Insane asylums in Bengal annual reports 1876-1887 - 1876-1887
Year: 1876
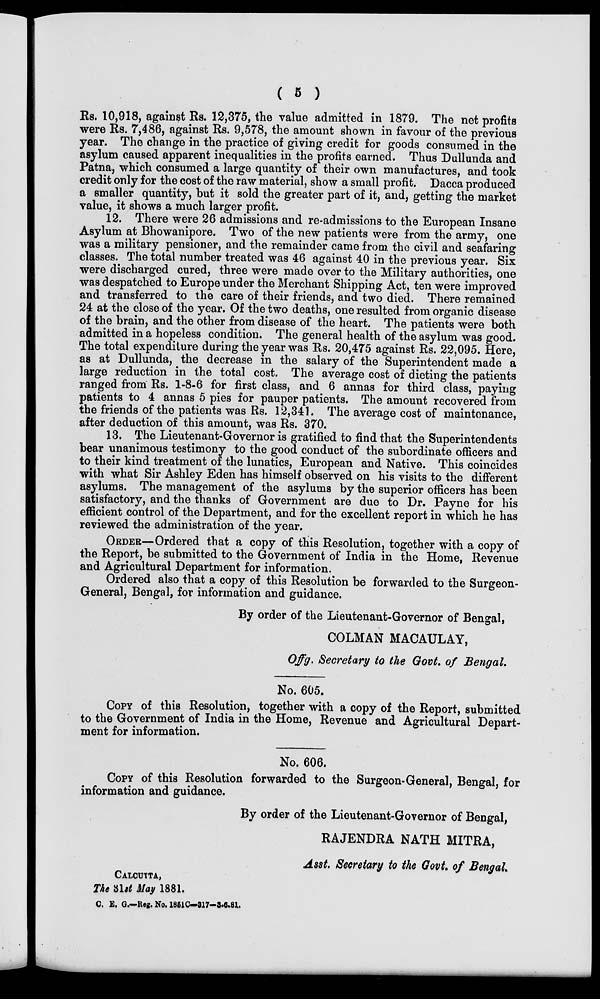
( 5 )
Rs. 10,918, against Rs. 12,375, the value admitted in 1879. The net profits
were Rs. 7,486, against Rs. 9,578, the amount shown in favour of the previous
year. The change in the practice of giving credit for goods consumed in the
asylum caused apparent inequalities in the profits earned. Thus Dullunda and
Patna, which consumed a large quantity of their own manufactures, and took
credit only for the cost of the raw material, show a small profit. Dacca produced
a smaller quantity, but it sold the greater part of it, and, getting the market
value, it shows a much larger profit.
12. There were 26 admissions and re-admissions to the European Insane
Asylum at Bhowanipore. Two of the new patients were from the army, one
was a military pensioner, and the remainder came from the civil and seafaring
classes. The total number treated was 46 against 40 in the previous year. Six
were discharged cured, three were made over to the Military authorities, one
was despatched to Europe under the Merchant Shipping Act, ten were improved
and transferred to the care of their friends, and two died. There remained
24 at the close of the year. Of the two deaths, one resulted from organic disease
of the brain, and the other from disease of the heart. The patients were both
admitted in a hopeless condition. The general health of the asylum was good.
The total expenditure during the year was Rs. 20,475 against Rs. 22,095. Here,
as at Dullunda, the decrease in the salary of the Superintendent made a
large reduction in the total cost. The average cost of dieting the patients
ranged from Rs. 1-8-6 for first class, and 6 annas for third class, paying
patients to 4 annas 5 pies for pauper patients. The amount recovered from
the friends of the patients was Rs. 12,341. The average cost of maintenance,
after deduction of this amount, was Rs. 370.
13. The Lieutenant-Governor is gratified to find that the Superintendents
bear unanimous testimony to the good conduct of the subordinate officers and
to their kind treatment of the lunatics, European and Native. This coincides
with what Sir Ashley Eden has himself observed on his visits to the different
asylums. The management of the asylums by the superior officers has been
satisfactory, and the thanks of Government are due to Dr. Payne for his
efficient control of the Department, and for the excellent report in which he has
reviewed the administration of the year.
ORDER—Ordered that a copy of this Resolution, together with a copy of
the Report, be submitted to the Government of India in the Home, Revenue
and Agricultural Department for information.
Ordered also that a copy of this Resolution be forwarded to the Surgeon-
General, Bengal, for information and guidance.
By order of the Lieutenant-Governor of Bengal,
COLMAN MACAULAY,
Offg. Secretary to the Govt. of Bengal.
No. 605.
COPY of this Resolution, together with a copy of the Report, submitted
to the Government of India in the Home, Revenue and Agricultural Depart-
ment for information.
No. 606.
COPY of this Resolution forwarded to the Surgeon-General, Bengal, for
information and guidance.
By order of the Lieutenant-Governor of Bengal,
RAJENDRA NATH MITRA,
Asst. Secretary to the Govt. of Bengal.
CALCUTTA,
The 31st May 1881.
C. E. G.—Reg. No.1851C—317—3-6-81.